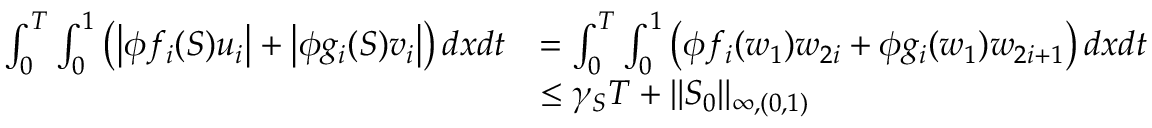
\begin{array} { r l } { \int _ { 0 } ^ { T } \int _ { 0 } ^ { 1 } \left( \left| \phi f _ { i } ( S ) u _ { i } \right| + \left| \phi g _ { i } ( S ) v _ { i } \right| \right) d x d t } & { = \int _ { 0 } ^ { T } \int _ { 0 } ^ { 1 } \left( \phi f _ { i } ( w _ { 1 } ) w _ { 2 i } + \phi g _ { i } ( w _ { 1 } ) w _ { 2 i + 1 } \right) d x d t } \\ & { \le \gamma _ { S } T + \| S _ { 0 } \| _ { \infty , ( 0 , 1 ) } } \end{array}